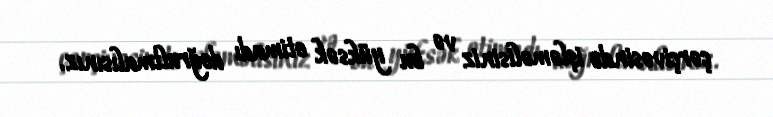
çərçivəsində işləməlisiniz və bu yüksək etimadı doğrultmalısınız.